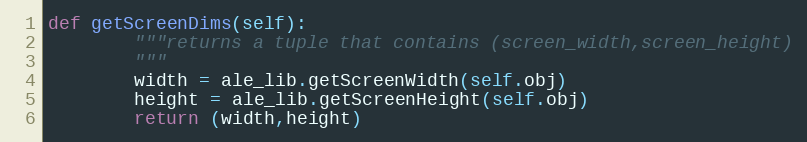
Language: Python
def getScreenDims(self):
        """returns a tuple that contains (screen_width,screen_height)
        """
        width = ale_lib.getScreenWidth(self.obj)
        height = ale_lib.getScreenHeight(self.obj)
        return (width,height)